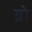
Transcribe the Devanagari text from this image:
ब्राे